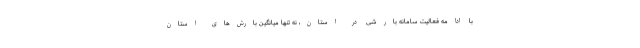
با ادامه فعالیت سامانه بارشی در استان، نه تنها میانگین بارش‌های استان